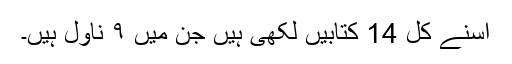
اسنے کل 14 کتابیں لکھی ہیں جن میں ۹ ناول ہیں۔